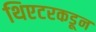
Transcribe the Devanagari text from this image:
थिएटरकडून